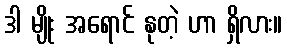
ဒါ မျိုး အရောင် နုတဲ့ ဟာ ရှိလား။